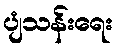
ပျံသန်းရေး